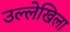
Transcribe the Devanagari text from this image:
उल्लेखिला